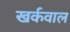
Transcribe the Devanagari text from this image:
खर्कवाल